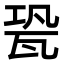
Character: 㼦